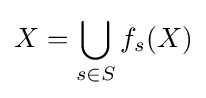
X=\bigcup _{s\in S}f_{s}(X)